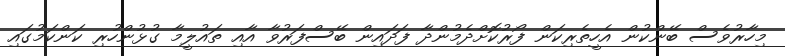
މިހާރުވެސް ބޭންކުން އެހީތެރިކަން ފޯރުކޮށްދެމުންދާ ފަދައިން ބޭސްފަރުވާ އާއި ތައުލީމާ ގުޅުންހުރި ކަންކަމުގައި